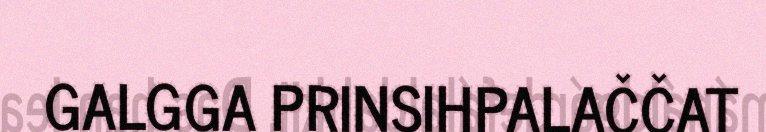
GALGGA PRINSIHPALAČČAT